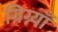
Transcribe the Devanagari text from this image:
ग्रिग्न्याँ